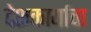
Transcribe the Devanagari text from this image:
देशकार्याचा